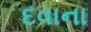
દવાના